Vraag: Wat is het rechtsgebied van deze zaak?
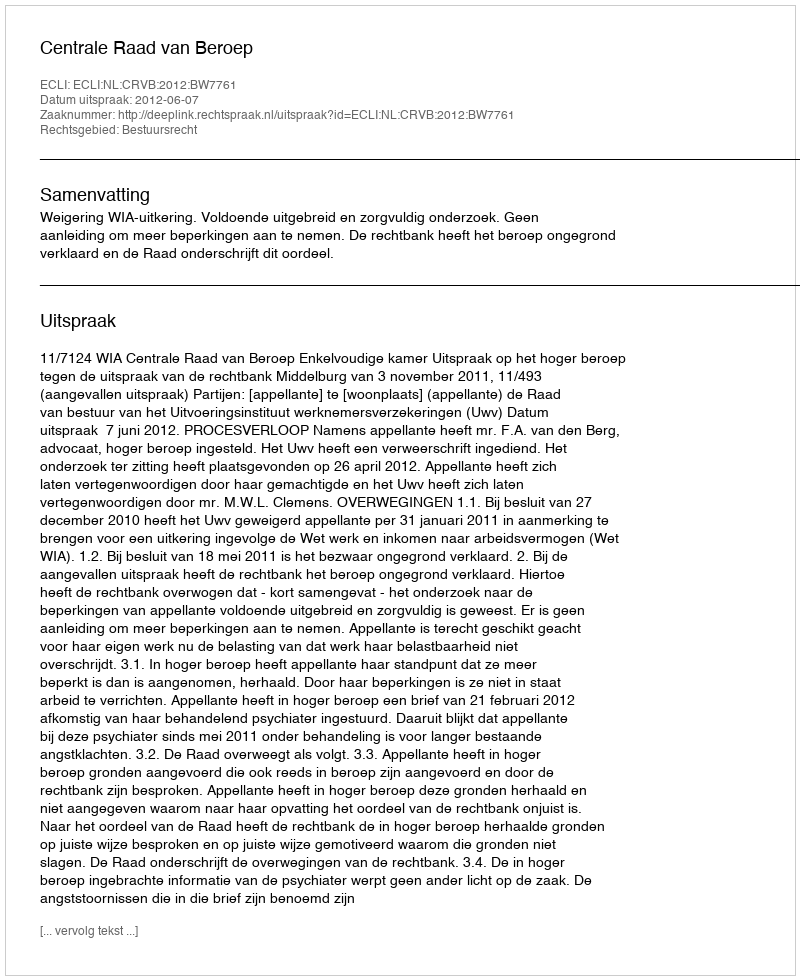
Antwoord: Bestuursrecht